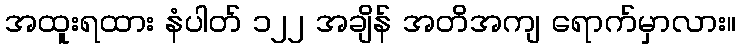
အထူးရထား နံပါတ် ၁၂၂ အချိန် အတိအကျ ရောက်မှာလား။